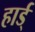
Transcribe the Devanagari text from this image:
हार्ड्